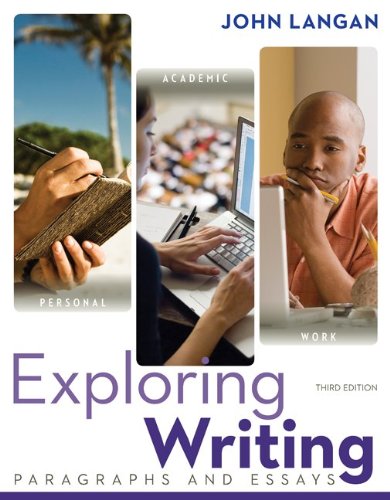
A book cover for Exploring Writing: Paragraphs and Essays; John Langan; Reference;